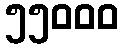
၅၅၀၀၀